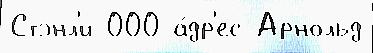
Стэнл'и 000 а́др'ес Арнольд